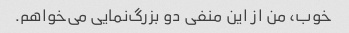
خوب، من از این منفی دو بزرگ‌نمایی می‌خواهم.